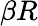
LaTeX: \beta R